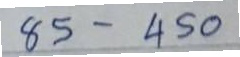
85 - 450